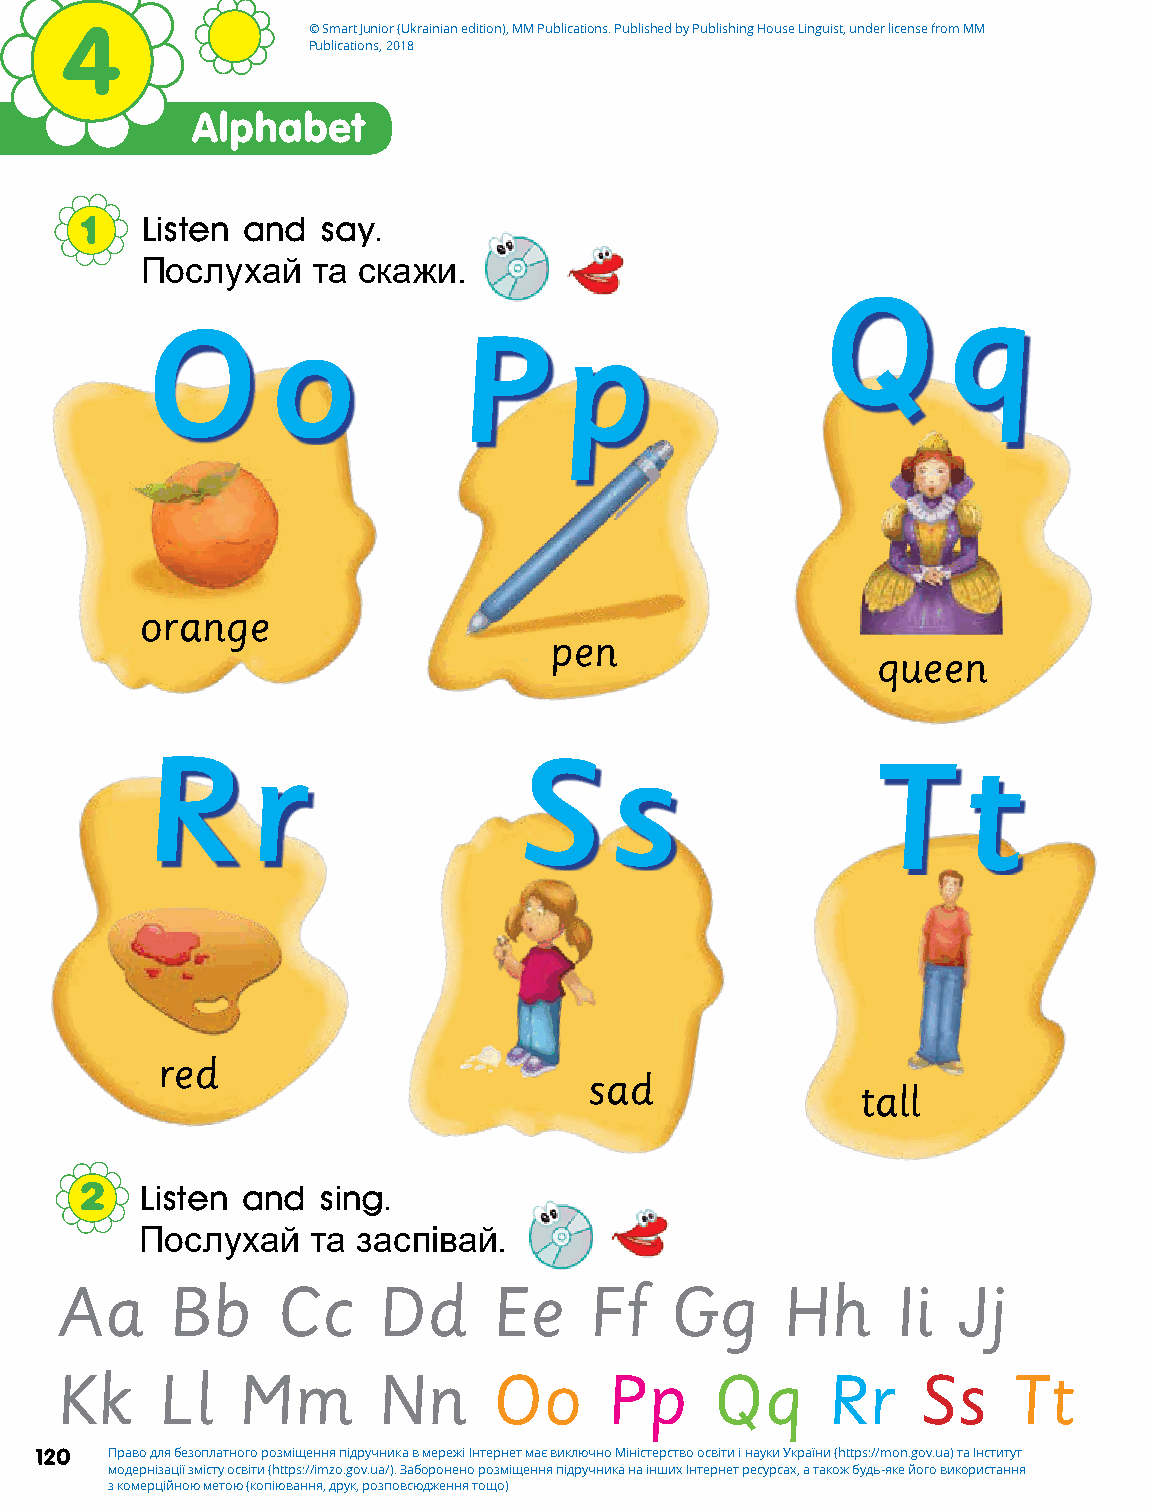
4               © Smart Junior (Ukrainian edition), MM Publications. Published by Publishing House Linguist, under license from MM
 Publications, 2018
 Alphabet
 1   Listen and  say.
 Послухай    та скажи.
 Q       q
 O        o           P      p
 orange
 pen
 queen
 R      r                 S     s                 T     t
 red
 sad
 tall
 2   Listen and  sing.
 Послухай    та заспівай.
 Aa     Bb     Cc     Dd      Ee    Ff   Gg      Hh     Ii  Jj
 Kk    Ll    Mm       Nn      Oo     Pp     Qq      Rr    Ss    Tt
 120  Право для безоплатного розміщення підручника в мережі Інтернет має виключно Міністерство освіти і науки України (https://mon.gov.ua) та Інститут
 модернізації змісту освіти (https://imzo.gov.ua/). Заборонено розміщення підручника на інших Інтернет ресурсах, а також будь-яке його використання
 з комерційною метою (копіювання, друк, розповсюдження тощо)